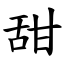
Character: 甜